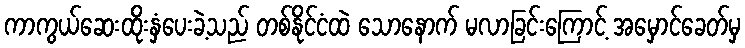
ကာကွယ်ဆေးထိုးနှံပေးခဲ့သည် တစ်နိုင်ငံထဲ သောနောက် မလာခြင်းကြောင့် အမှောင်ခေတ်မှ